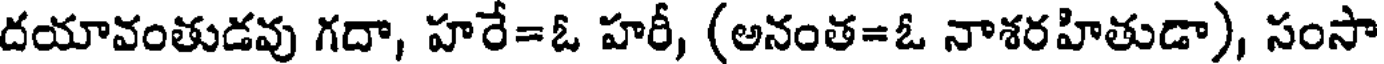
దయావంతుడవు గదా, హరే=ఓ హరీ, (అనంత=ఓ నాశరహితుడా), సంసా